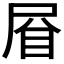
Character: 𱲯